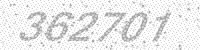
Solution: 362701